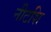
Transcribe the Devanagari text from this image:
नीटशि